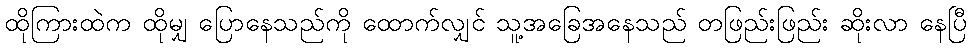
ထိုကြားထဲက ထိုမျှ ပြောနေသည်ကို ထောက်လျှင် သူ့အခြေအနေသည် တဖြည်းဖြည်း ဆိုးလာ နေပြီ